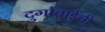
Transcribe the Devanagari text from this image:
दुर्गाबाईंची